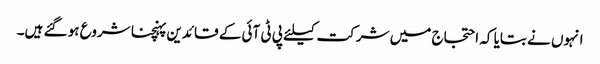
انہوں نے بتایا کہ احتجاج میں شرکت کیلئے پی ٹی آئی کے قائدین پہنچنا شروع ہو گئے ہیں۔